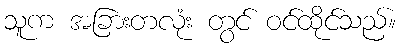
သူက အခြားတလုံး တွင် ဝင်ထိုင်သည်။